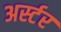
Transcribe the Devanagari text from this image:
अर्स्टर